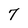
Character: 7